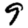
Digit: 9